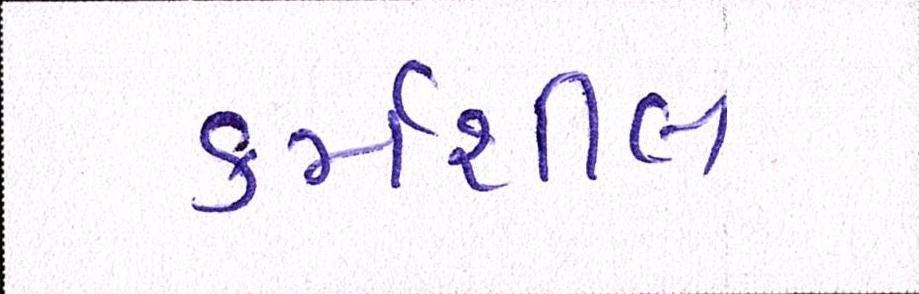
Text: કર્મશીલ